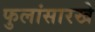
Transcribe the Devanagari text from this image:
फुलांसारखे